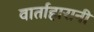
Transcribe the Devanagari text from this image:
वार्ताहारानी